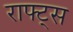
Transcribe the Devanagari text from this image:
राफ्ट्स